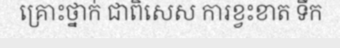
គ្រោះថ្នាក់ ជាពិសេស ការខ្វះខាត ទឹក